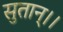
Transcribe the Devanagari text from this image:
सुतान्।।